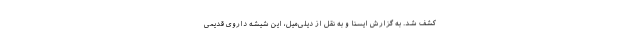
کشف شد. به گزارش ایسنا و به نقل از دیلی‌میل، این شیشه داروی قدیمی